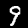
Label: 9